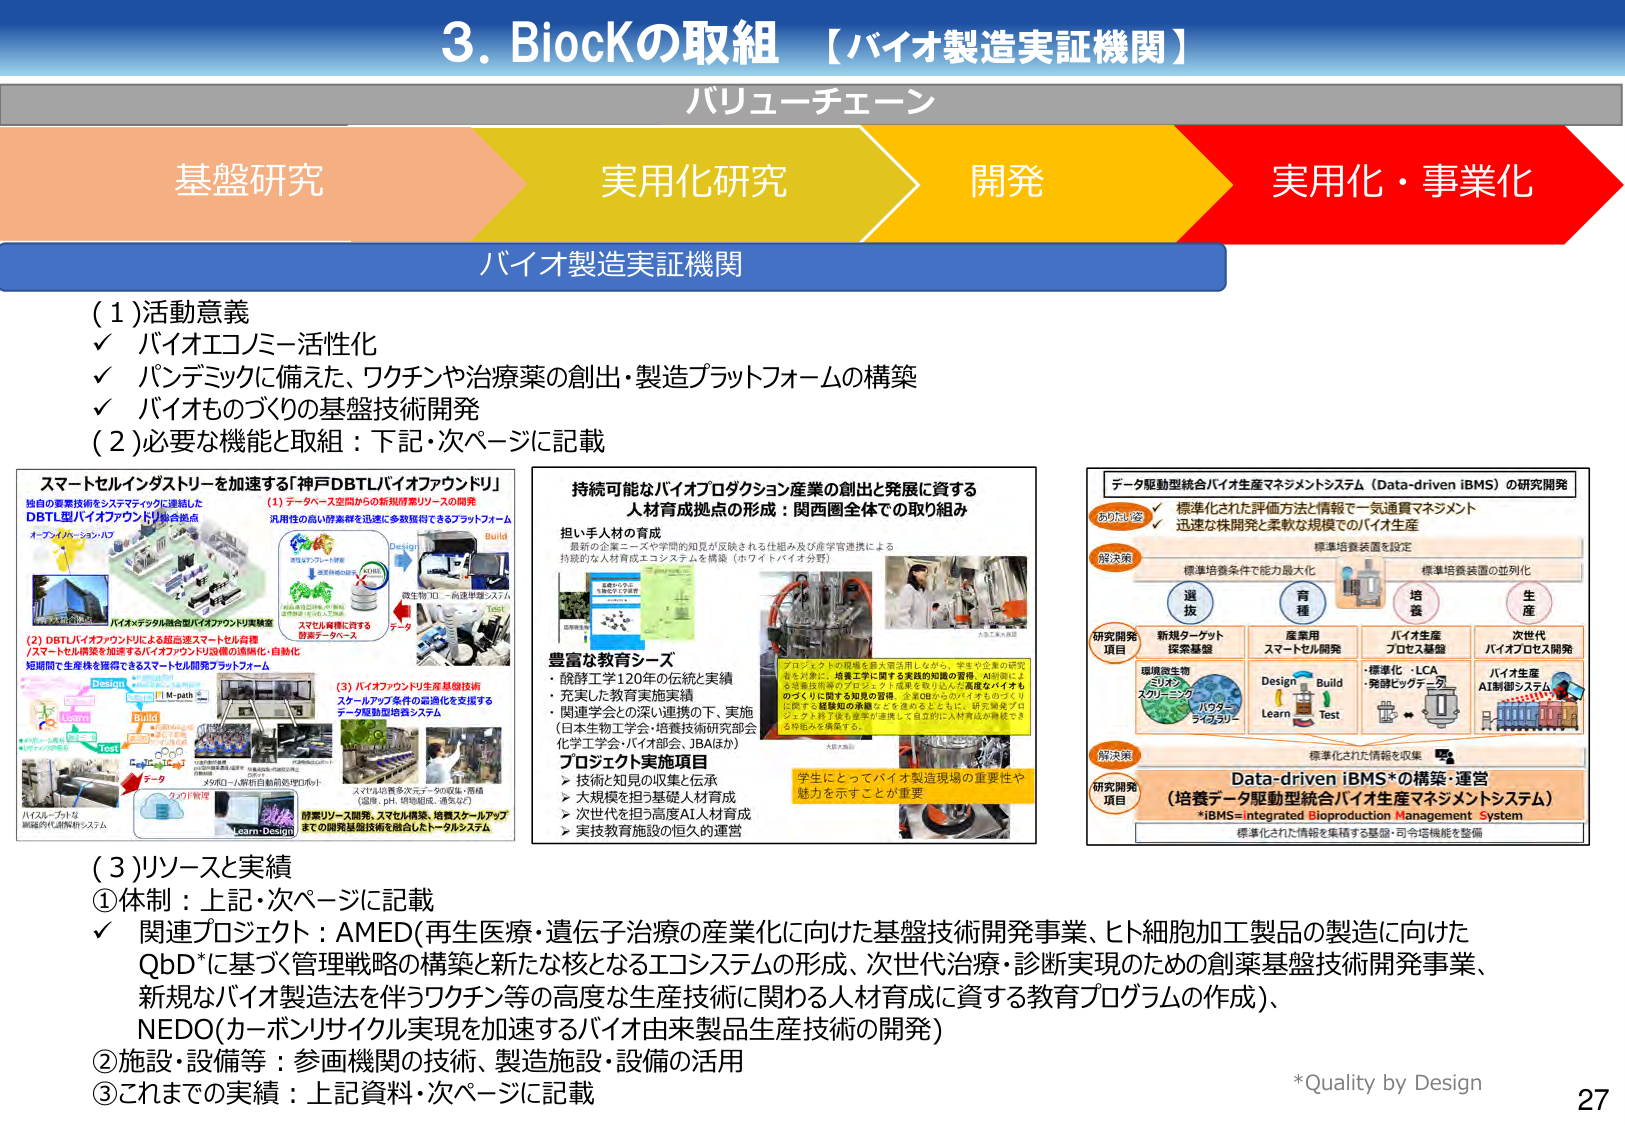
3. BioCKの取組 【バイオ製造実証機関】
バリューチェーン
基盤研究 → 実用化研究 → 開発 → 実用化・事業化
バイオ製造実証機関

(1) 活動意義
✓ バイオエコノミー活性化
✓ パンデミックに備えた、ワクチンや治療薬の創出・製造プラットフォームの構築
✓ バイオものづくりの基盤技術開発

(2) 必要な機能と取組：下記・次ページに記載

スマートセルインダストリーを加速する「神戸DBTLバイオファウンドリ」
独自の要素技術をシステム的に連結した
DBTL型バイオファウンドリ総合拠点
オープン・バージョン・ハブ

(1) データベース空間からの新規探索リソースの開発
汎用性の高い酵素群を迅速に多数取得できるプラットフォーム
Design → Build → Test → Learn
データ
微生物「知」→ 前処理・解析システム
ステロイド系薬に対する
酵素データベース

(2) DBTLバイオファウンドリによる超高速スマートセル育種
/スマートセル構築を加速するバイオファウンドリ設備の透明化・自動化
短期間で生産株を獲得できるスマートセル開発プラットフォーム
Design → Build → Test → Learn
M-path
データ
クラウド管理
Learn-Design
バイオループでは
網羅的代謝解析システム

(3) バイオファウンドリ生産基盤技術
スケールアップ条件の最適化を支援する
データ駆動型培養システム
スパルタ培養次元データ90収集・蓄積
（温度、pH、溶存酸素、還元力など）
酵素リリース開発、スケール構築、培養スケールアップ
までの開発基盤技術を統合したトータルシステム

持続可能なバイオプロダクション産業の創出と発展に資する
人材育成拠点の形成：関西圏全体での取り組み
担い手人材の育成
最新の企業ニーズや学問的知見が反映される住組み及び産学官連携による
持続的な人材育成エコシステムを構築（ホワイトバイオ分野）

豊富な教育シーズ
・ 領酵工学120年の伝統と実績
・ 充実した教育実施実績
・ 関連学会との深い連携の下、実施
（日本生物工学会・培養技術研究部会
化学工学会・バイオ部会、JBAほか）

プロジェクト実施項目
➤ 技術・知見の収集と伝承
➤ 大規模を担う基礎AI人材育成
➤ 次世代を担う高度AI人材育成
➤ 実技教育施設の恒久的運営

学生にとってバイオ製造現場の重要性や
魅力を示すことが重要

データ駆動型統合バイオ生産マネジメントシステム（Data-driven iBMS）の研究開発
ありたい姿
✓ 標準化された評価方法と情報で一気通貫マネジメント
✓ 迅速な株開発と柔軟な規模でのバイオ生産

解決策
標準培養条件で能力最大化
標準培養装置の並列化

研究開発項目
新規ターゲット探索基盤
環境微生物
スクリーニング
バクテリアライブラリー
Design → Build → Learn → Test
産業用スマートセル開発
バイオ生産プロセス基盤
・標準化・LCA
・発酵ビッチデータ
次世代バイオプロセス開発
バイオ生産AI制御システム

標準化された情報を収集
Data-driven iBMS*の構築・運営
（培養データ駆動型統合バイオ生産マネジメントシステム）
*iBMS=integrated Bioproduction Management System
標準化された情報を集積する基盤・司令塔機能を整備

(3) リソースと実績
① 体制：上記・次ページに記載
✓ 関連プロジェクト：AMED(再生医療・遺伝子治療の産業化に向けた基盤技術開発事業、ヒト細胞加工製品の製造に向けたQbD*に基づく管理戦略の構築と新たな核となるエコシステムの形成、次世代治療・診断実現のための創業基盤技術開発事業、新規なバイオ製造法を伴うワクチン等の高度な生産技術に関わる人材育成に資する教育プログラムの作成)、
NEDO(カーボンリサイクル実現を加速するバイオ由来製品生産技術の開発)

② 施設・設備等：参画機関の技術、製造施設・設備の活用

③ これまでの実績：上記資料・次ページに記載

*Quality by Design
27